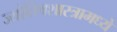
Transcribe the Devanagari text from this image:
ज्योतिषशास्त्रामध्ये